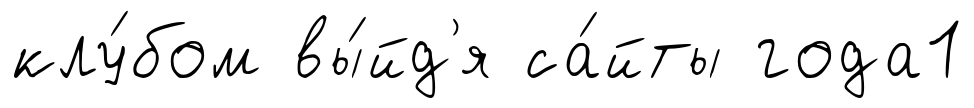
клу́бом вы́йд'я са́йты года1